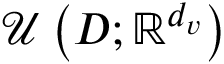
\mathcal { U } \left( D ; \mathbb { R } ^ { d _ { v } } \right)